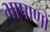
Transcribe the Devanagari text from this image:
भाषाणों